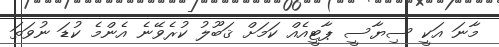
މާނަ އަކީ ސިޔާސީ ޕާޓީއެއް ކަމަށް ޤަބޫލު ކުރެވޭނެ އެންމެ ކުޑަ ނުވަތަ